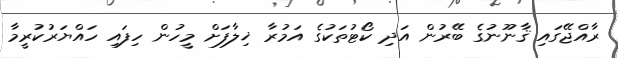
ރާއްޖޭގައި ޤާނޫނުގެ ބޭރުން އަދި ކޯޓުތަކުގެ އަމުރާ ޚިލާފަށް މީހުން ހިފައި ހައްޔަރުކުރީމާ